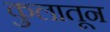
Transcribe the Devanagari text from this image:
कुलातून